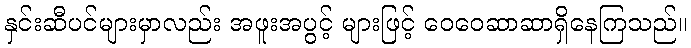
နှင်းဆီပင်များမှာလည်း အဖူးအပွင့် များဖြင့် ဝေဝေဆာဆာရှိနေကြသည်။